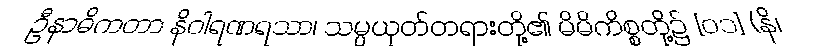
ဦနာဓိကတာ နိဝါရဏရသာ၊ သမ္ပယုတ်တရားတို့၏ မိမိကိစ္စတို့၌ [၀၁] (နိ၊